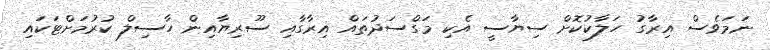
ނަމަވެސް އިރާގު ހަލާކުކޮށް ސިޔާސީ އެކި މަގްސަދުތައް އިރާގާއި ސޫރިޔާއިން ހާސިލް ކުރުމަށްޓަކައި